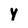
Character: y